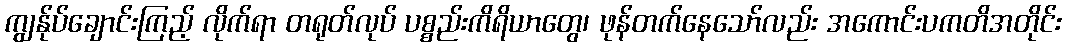
ကျွန်ုပ်ချောင်းကြည့် လိုက်ရာ တရုတ်လုပ် ပစ္စည်းကိရိယာတွေ၊ ဖုန်တက်နေသော်လည်း အကောင်းပကတိအတိုင်း